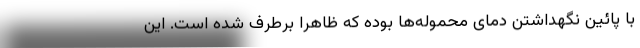
با پائین نگهداشتن دمای محموله‌ها بوده که ظاهرا برطرف شده است. این